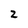
Character: 2